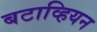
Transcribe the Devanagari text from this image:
बटाव्हियन